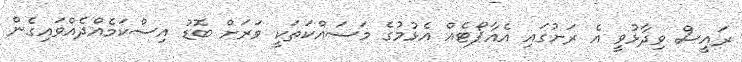
ރައީސް ވިދާޅުވީ އެ ރަށުގައި އެއާޕޯޓެއް އެޅުމުގެ މަސައްކަތަކީ ވަރަށް ބޮޑު އިސްކަމެއްދެއްވައިގެން